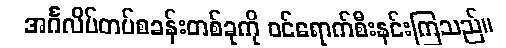
အင်္ဂလိပ်တပ်စခန်းတစ်ခုကို ဝင်ရောက်စီးနင်းကြသည်။